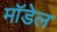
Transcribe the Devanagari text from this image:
माॅडेल